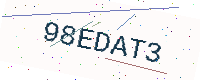
Text: 98EDAT3